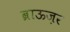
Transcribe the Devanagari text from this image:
ब्राऊज़र